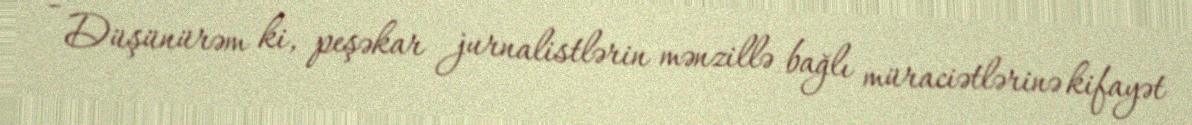
- Düşünürəm ki, peşəkar jurnalistlərin mənzillə bağlı müraciətlərinə kifayət